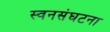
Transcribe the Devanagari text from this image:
स्वनसंघटना